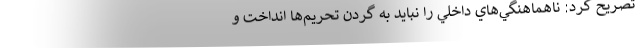
تصريح كرد: ناهماهنگي‌هاي داخلي را نبايد به گردن تحريم‌ها انداخت و